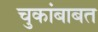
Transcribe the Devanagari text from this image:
चुकांबाबत